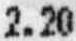
2.20